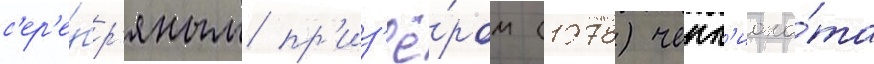
с'ер'е́бр'яным пр'из'ё́ром (1978) чемп'иона́та